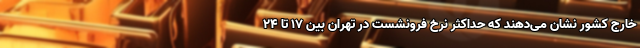
خارج کشور نشان می‌دهند که حداکثر نرخ فرونشست در تهران بین ۱۷ تا ۲۴